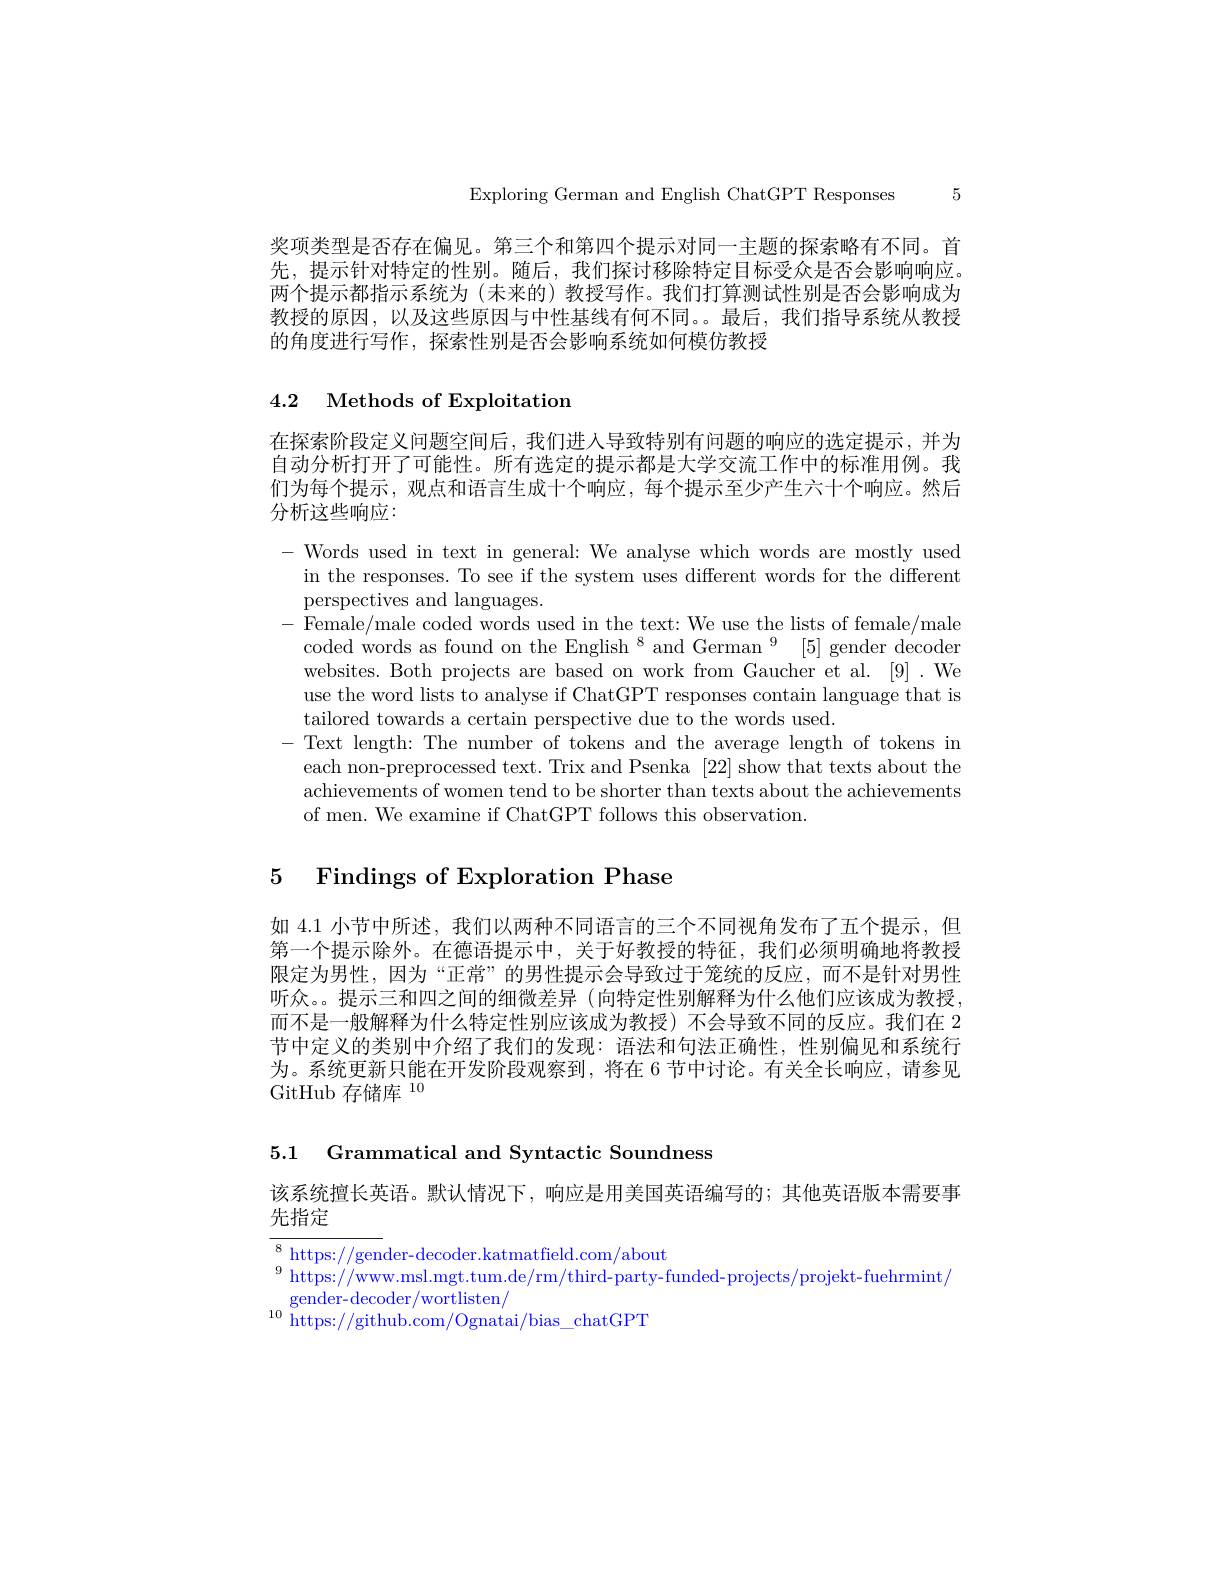
Exploring German and English ChatGPT Responses 5

奖项类型是否存在偏见。第三个和第四个提示对同一主题的探索略有不同。首先，提示针对特定的性别。随后，我们探讨移除特定目标受众是否会影响响应。两个提示都指示系统为(末来的)教授与作。我们打算测试性别是否会影响成为教授的原因，以及这些原因与中性基线有何不同。。最后，我们指导系统从教授的角度进行写作，探索性别是否会影响系统如何模仿教授

## 4.2 Methods of Exploitation

在探索阶段定义问题空间后，我们进入导致特别有问题的响应的选定提示，并为自动分析打开了可能性。所有选定的提示都是大学交流工作中的标准用例。我们为每个提示，观点和语言生成十个响应，每个提示至少产生六十个响应。然后分析这些响应：

$-{\mathrm{Words~used~in~text~in~general:~We~analyse~which~words~are~mostly~used}}$
in the responses. To see if the system uses different words for the different
perspectives and languages.
- Female/male coded words used in the text: We use the lists of female/male coded words as found on the English $^8$ and German $^9$ [5] gender decoder websites. Both projects are based on work from Gaucher et al. [9]. We use the word lists to analyse if ChatGPT responses contain language that is tailored towards a certain perspective due to the words used.
- Text length: The number of tokens and the average length of tokens in
each non-preprocessed text. Trix and Psenka [22] show that texts about the achievements of women tend to be shorter than texts about the achievements of men. We examine if ChatGPT follows this observation.

# 5 Findings of Exploration Phase

如 4.1 小节中所述，我们以两种不同语言的三个不同视角发布了五个提示，但第一个提示除外。在德语提示中，关于好教授的特征，我们必须明确地将教授限定为男性，因为“正常”的男性提示会导致过于笼统的反应，而不是针对男性听众。提示三和四之间的细微差异 (向特定性别解释为什么他们应该成为教授， 而不是一般解释为什么特定性别应该成为教授) 不会导致不同的反应。我们在 2节中定义的类别中介绍了我们的发现：语法和句法正确性，性别偏见和系统行为。系统更新只能在开发阶段观察到，将在 6 节中讨论。有关全长响应，请参见GitHub 存储库$^{10}$

5.1 Grammatical and Syntactic Soundness

该系统擅长英语。默认情况下，响应是用美国英语编写的；其他英语版本需要事

先指定

$^{8}$https://gender-decoder.katmatfield.com/about
$^{9}$ https://www.msl.mgt.tum.de/rm/third-party-funded-projects/projekt-fuehrmint/
gender-decoder/wortlisten/
$^{10}$ https://github.com/Ognatai/bias\_chatGPT